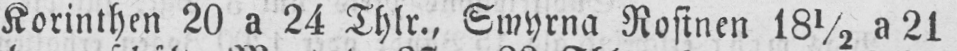
Korinthen 20 a 24 Thlr., Smyrna Rosinen 18½ a 21